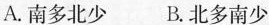
A.南多北少 B.北多南少